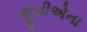
જીવીએના